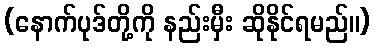
(နောက်ပုဒ်တို့ကို နည်းမှီး ဆိုနိုင်ရမည်။)